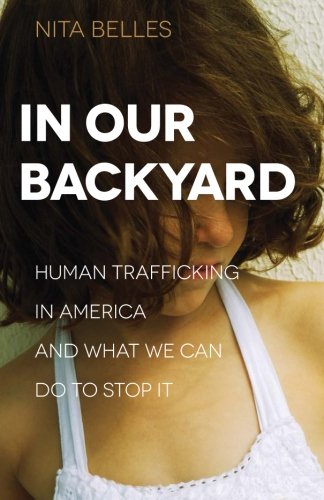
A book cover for In Our Backyard: Human Trafficking in America and What We Can Do to Stop It; Nita Belles; Politics & Social Sciences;